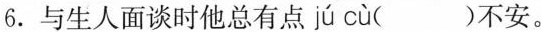
6.与生人面谈时他总有点 jú cù ( )不安。